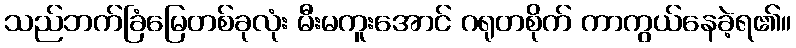
သည်ဘက်ခြံမြေတစ်ခုလုံး မီးမကူးအောင် ဂရုတစိုက် ကာကွယ်နေခဲ့ရ၏။